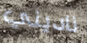
ناديني